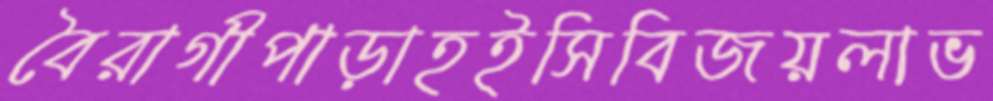
বৈরাগীপাড়াহইসিবিজয়লাভ